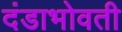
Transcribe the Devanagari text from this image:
दंडाभोवती